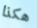
هكذا